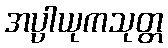
အပ္ပါယုကသုတ္တ